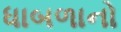
ધાબળાનો